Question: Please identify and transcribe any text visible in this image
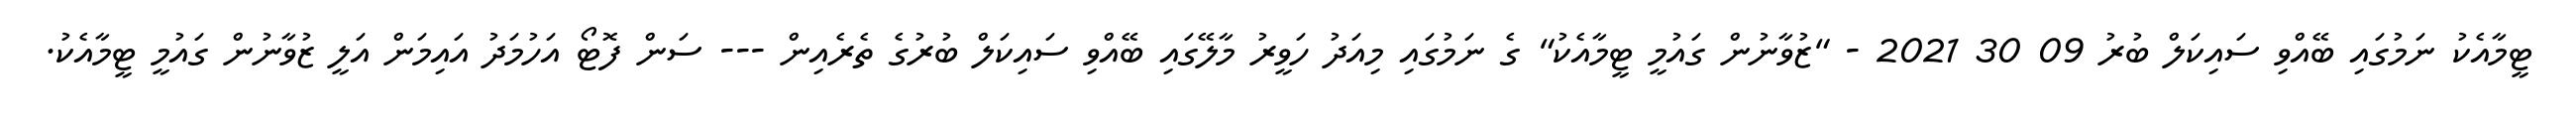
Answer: ޓީމާއެކު ނަމުގައި ބޭއްވި ސައިކަލް ބުރު 09 30 2021 - "ޒުވާނުން ގައުމީ ޓީމާއެކު" ގެ ނަމުގައި މިއަދު ހަވީރު މާލޭގައި ބޭއްވި ސައިކަލް ބުރުގެ ތެރެއިން --- ސަން ފޮޓޯ އަހުމަދު އައިމަން އަލީ ޒުވާނުން ގައުމީ ޓީމާއެކު.